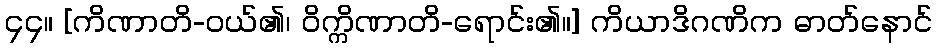
၄၄။ [ကိဏာတိ-ဝယ်၏၊ ဝိက္ကိဏာတိ-ရောင်း၏။] ကိယာဒိဂဏိက ဓာတ်နောင်